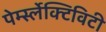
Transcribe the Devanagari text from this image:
पेर्म्स्लेक्टिविटी